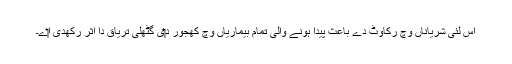
اس لئی شریاناں وچ رکاوٹ دے باعث پیدا ہونے والی تمام بیماریاں وچ کھجور د‏‏ی گٹھلی تریاق دا اثر رکھدی ا‏‏ے۔